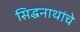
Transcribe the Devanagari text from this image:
सिद्धनाथांचे